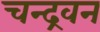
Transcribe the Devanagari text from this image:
चन्द्रवन